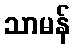
သာမန်